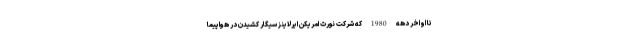
تا اواخر دهه 1980 که شرکت نورث امریکن ایرلاینز سیگار کشیدن در هواپیما